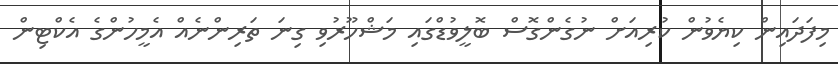
މިފަދައިން ކިޔެވުން ކުރިއަށް ނުގެންގޮސް ބޮލީވުޑްގައި މަޝްހޫރުވި ގިނަ ތަރިންނެއް އެމީހުންގެ އެކްޓިން